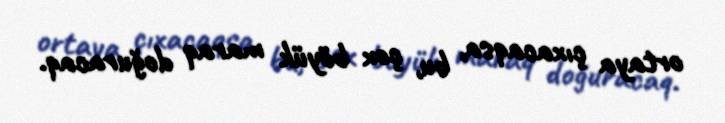
ortaya çıxacaqsa, bu, çox böyük maraq doğuracaq.